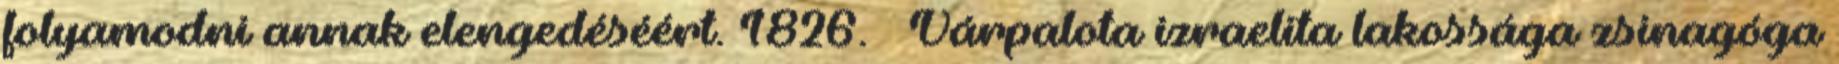
folyamodni annak elengedéséért. 1826. – Várpalota izraelita lakossága zsinagóga